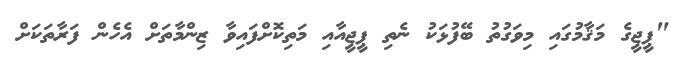
"ޕީޖީގެ މަޤާމުގައި މިވަގުތު ބޭފުޅަކު ނެތި ޕީޖީއާއި މަތިކޮށްފައިވާ ޒިންމާތަށް އެހެން ފަރާތަކަށް